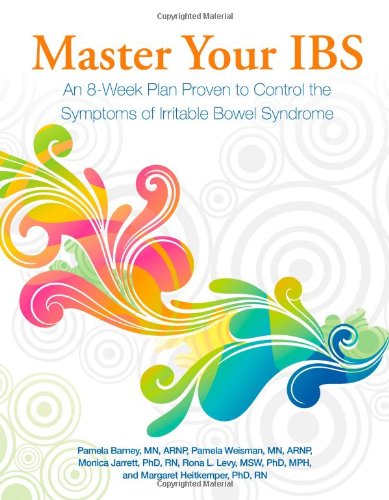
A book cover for Master Your IBS: An 8-Week Plan Proven to Control the Symptoms of Irritable Bowel Syndrome; Pamela Barney; Health, Fitness & Dieting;